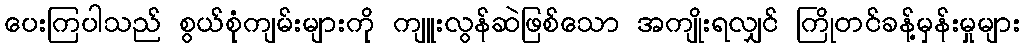
ပေးကြပါသည် စွယ်စုံကျမ်းများကို ကျူးလွန်ဆဲဖြစ်သော အကျိုးရလျှင် ကြိုတင်ခန့်မှန်းမှုများ